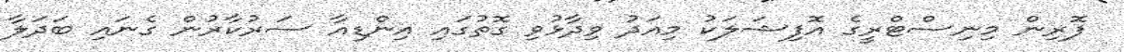
ފޮރިން މިނިސްޓްރީގެ އޮފިޝަލަކު މިއަދު ވިދާޅުވި ގޮތުގައި އިންޑިއާ ސަރުކާރުން ގެނައި ބަދަލާ